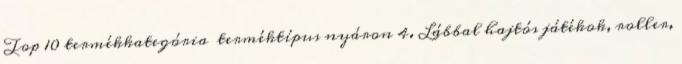
Top 10 termékkategória terméktípus nyáron 4. Lábbal hajtós játékok, roller,